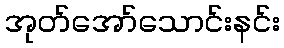
အုတ်အော်သောင်းနင်း